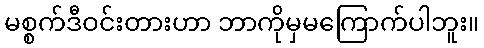
မစ္စက်ဒီဝင်းတားဟာ ဘာကိုမှမကြောက်ပါဘူး။